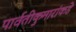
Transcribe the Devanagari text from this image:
पार्वतीकुमारांकडे